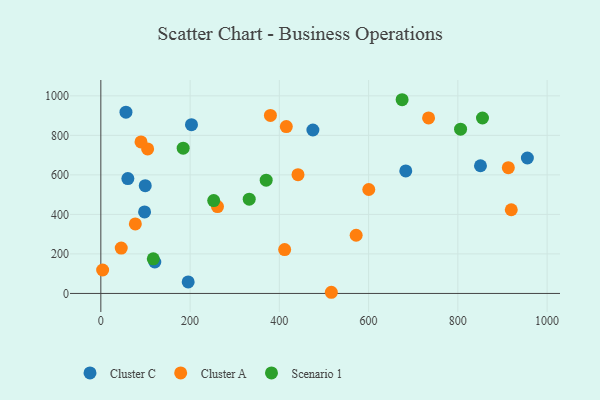
{"axis": {"x": "Investment", "y": "Rating"}, "legend": ["Cluster A", "Cluster C", "Scenario 1"], "data": [{"x": "60.5", "y": 581.2, "type": "Cluster C"}, {"x": "683.3", "y": 620.2, "type": "Cluster C"}, {"x": "850.7", "y": 646.3, "type": "Cluster C"}, {"x": "120.9", "y": 159.2, "type": "Cluster C"}, {"x": "99.5", "y": 545.4, "type": "Cluster C"}, {"x": "955.8", "y": 685.4, "type": "Cluster C"}, {"x": "475.2", "y": 827.1, "type": "Cluster C"}, {"x": "56.3", "y": 917.2, "type": "Cluster C"}, {"x": "203.1", "y": 853.9, "type": "Cluster C"}, {"x": "98.0", "y": 412.4, "type": "Cluster C"}, {"x": "195.7", "y": 58.3, "type": "Cluster C"}, {"x": "261.4", "y": 439.6, "type": "Cluster A"}, {"x": "4.0", "y": 118.6, "type": "Cluster A"}, {"x": "734.4", "y": 888.4, "type": "Cluster A"}, {"x": "415.6", "y": 844.6, "type": "Cluster A"}, {"x": "919.7", "y": 423.4, "type": "Cluster A"}, {"x": "913.1", "y": 636.3, "type": "Cluster A"}, {"x": "77.3", "y": 351.6, "type": "Cluster A"}, {"x": "572.1", "y": 294.5, "type": "Cluster A"}, {"x": "104.9", "y": 731.5, "type": "Cluster A"}, {"x": "411.9", "y": 222.1, "type": "Cluster A"}, {"x": "380.0", "y": 900.6, "type": "Cluster A"}, {"x": "90.0", "y": 766.5, "type": "Cluster A"}, {"x": "441.8", "y": 600.9, "type": "Cluster A"}, {"x": "45.7", "y": 229.4, "type": "Cluster A"}, {"x": "516.5", "y": 5.9, "type": "Cluster A"}, {"x": "600.4", "y": 526.1, "type": "Cluster A"}, {"x": "184.5", "y": 734.9, "type": "Scenario 1"}, {"x": "370.5", "y": 573.1, "type": "Scenario 1"}, {"x": "855.2", "y": 887.7, "type": "Scenario 1"}, {"x": "332.5", "y": 476.8, "type": "Scenario 1"}, {"x": "252.9", "y": 469.9, "type": "Scenario 1"}, {"x": "117.5", "y": 175.2, "type": "Scenario 1"}, {"x": "675.1", "y": 980.3, "type": "Scenario 1"}, {"x": "806.1", "y": 831.4, "type": "Scenario 1"}]}